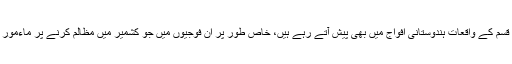
اسی قسم کے واقعات ہندوستانی افواج میں بھی پیش آتے رہے ہیں، خاص طور پر ان فوجیوں میں جو کشمیر میں مظالم کرنے پر ماءمور ہیں۔